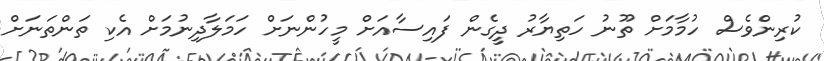
ކުރިންވެސް ހުމާމަށް ތޫނު ހަތިޔާރު ދީގެން ފައިސާއަށް މީހުންނަށް ހަމަލާދިނުމަށް އެކި ތަންތަނަށް